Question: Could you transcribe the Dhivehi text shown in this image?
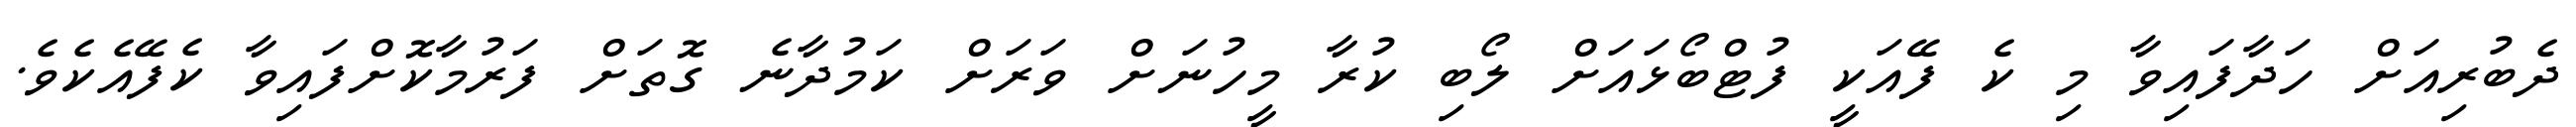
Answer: ދެބުރިއަށް ހަދާފައިވާ މި ކެ ފޭއަކީ ފުޓްބޯޅައަށް ލޯބި ކުރާ މީހުނަށް ވަރަށް ކަމުދާނެ ގޮތަށް ފަރުމާކޮށްފައިވާ ކެފޭއެކެވެ.